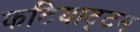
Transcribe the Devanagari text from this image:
कटियाट्टम